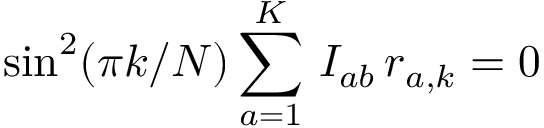
\sin ^ { 2 } ( \pi k / N ) \sum _ { a = 1 } ^ { K } \, I _ { a b } \, r _ { a , k } = 0